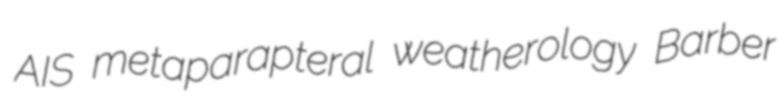
AIS metaparapteral weatherology Barber